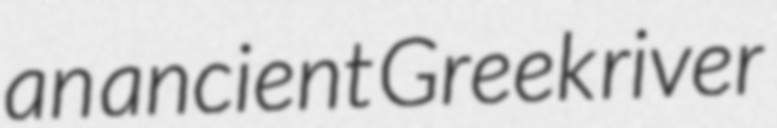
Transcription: an ancient Greek river